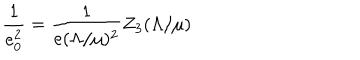
\frac { 1 } { e _ { 0 } ^ { 2 } } = \frac { 1 } { e ( \Lambda / \mu ) ^ { 2 } } Z _ { 3 } ( \Lambda / \mu )